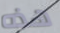
هذه